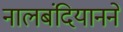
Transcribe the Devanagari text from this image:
नालबंदियानने